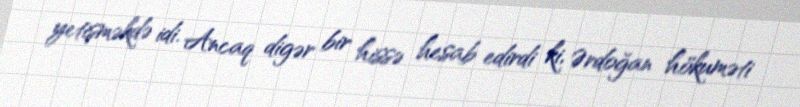
yetişməkdə idi. Ancaq digər bir hissə hesab edirdi ki, Ərdoğan hökuməti